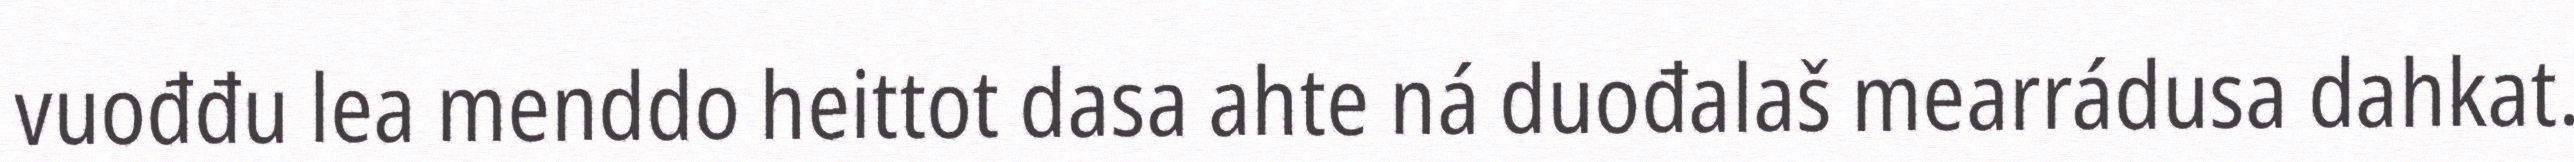
vuođđu lea menddo heittot dasa ahte ná duođalaš mearrádusa dahkat.